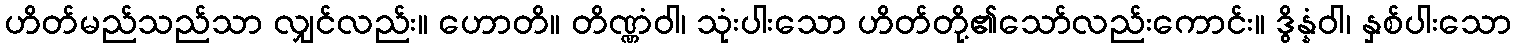
ဟိတ်မည်သည်သာ လျှင်လည်း။ ဟောတိ။ တိဏ္ဏံဝါ၊ သုံးပါးသော ဟိတ်တို့၏သော်လည်းကောင်း။ ဒွိန္နံဝါ၊ နှစ်ပါးသော